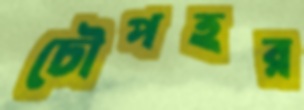
চৌপহর